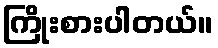
ကြိုးစားပါတယ်။